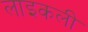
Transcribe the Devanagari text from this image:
लाइकली